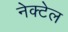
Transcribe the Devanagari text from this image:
नेक्टेल